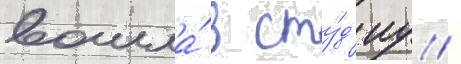
вошла́ в сту́д'иу /